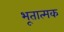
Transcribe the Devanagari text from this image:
भूतात्मक